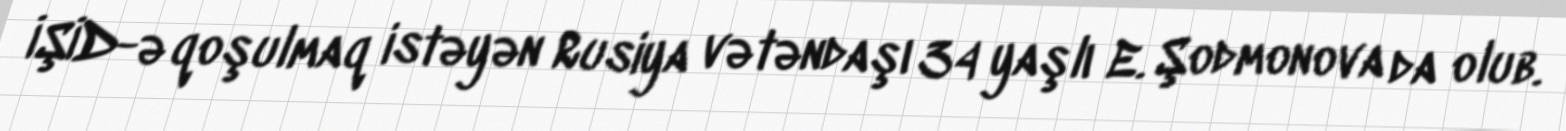
İŞİD-ə qoşulmaq istəyən Rusiya vətəndaşı 34 yaşlı E. Şodmonova da olub.